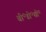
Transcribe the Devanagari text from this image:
बी॰डी॰सी॰